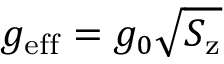
g _ { \mathrm { e f f } } = g _ { 0 } \sqrt { S _ { \mathrm { z } } }